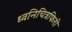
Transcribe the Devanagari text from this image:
ध्वनिचित्रफिती